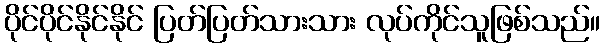
ပိုင်ပိုင်နိုင်နိုင် ပြတ်ပြတ်သားသား လုပ်ကိုင်သူဖြစ်သည်။